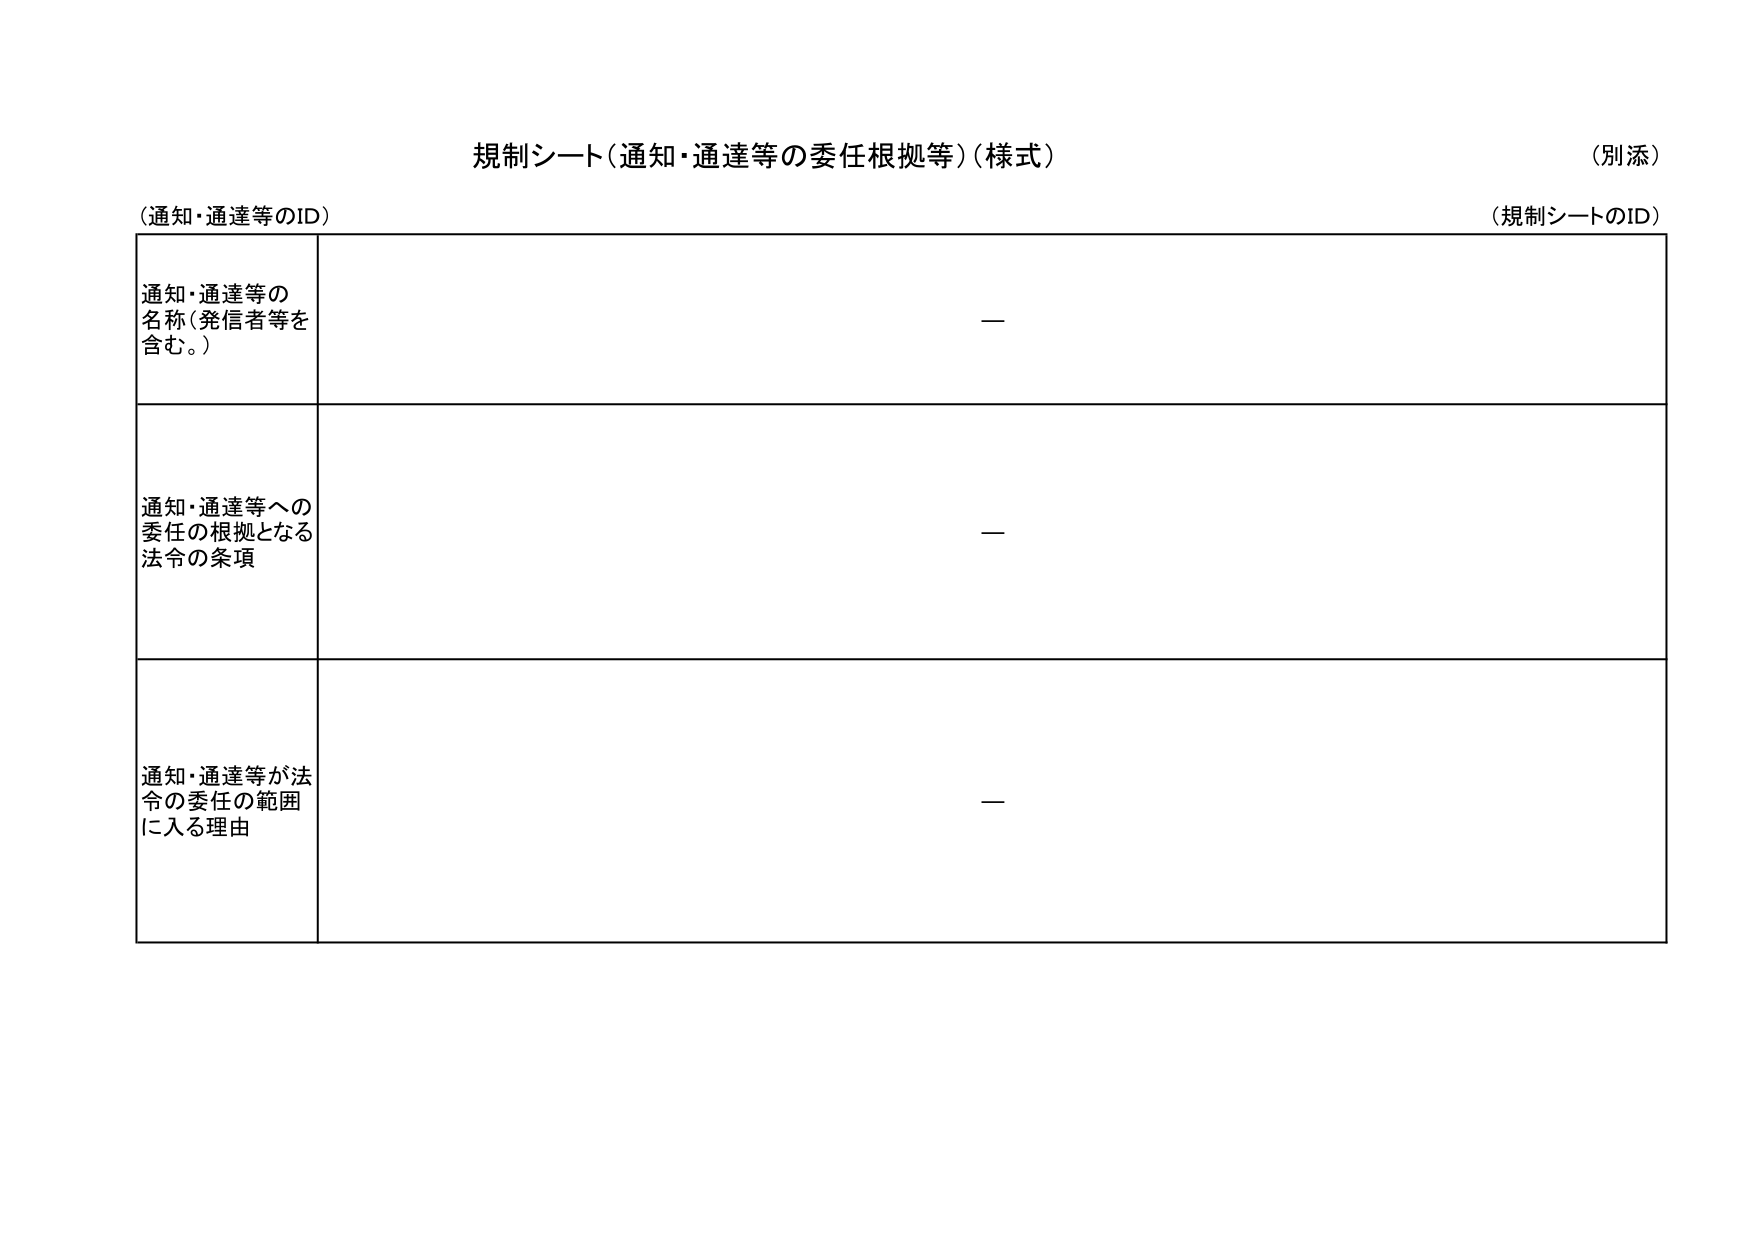
規制シート（通知・通達等の委任根拠等）（様式）
（別添）

（通知・通達等のID）
（規制シートのID）

通知・通達等の
名称（発信者等を
含む。）
—

通知・通達等への
委任の根拠となる
法令の条項
—

通知・通達等が法令の委任の範囲
に入る理由
—